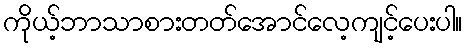
ကိုယ့်ဘာသာစားတတ်အောင်လေ့ကျင့်ပေးပါ။